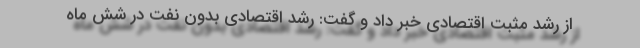
از رشد مثبت اقتصادی خبر داد و گفت: رشد اقتصادی بدون نفت در شش ماه